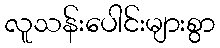
လူသန်းပေါင်းများစွာ